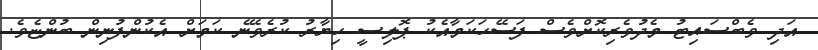
އަދި ވެބްސައިޓު މެދުވެރިކޮށްވެސް ފަސޭހަކަމާއެކު ޕޮލިސީ ހިޔާރު ކުރެވޭނެ ކަމަށް އެކުންފުނިން ބުންޏެވެ.